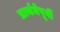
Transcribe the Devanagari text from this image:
प्रार्थनेपूर्वी